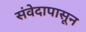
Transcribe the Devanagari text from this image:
संवेदापासून